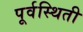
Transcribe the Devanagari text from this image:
पूर्वस्थिती